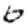
Digit: 6